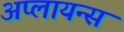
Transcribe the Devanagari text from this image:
अप्लायन्स